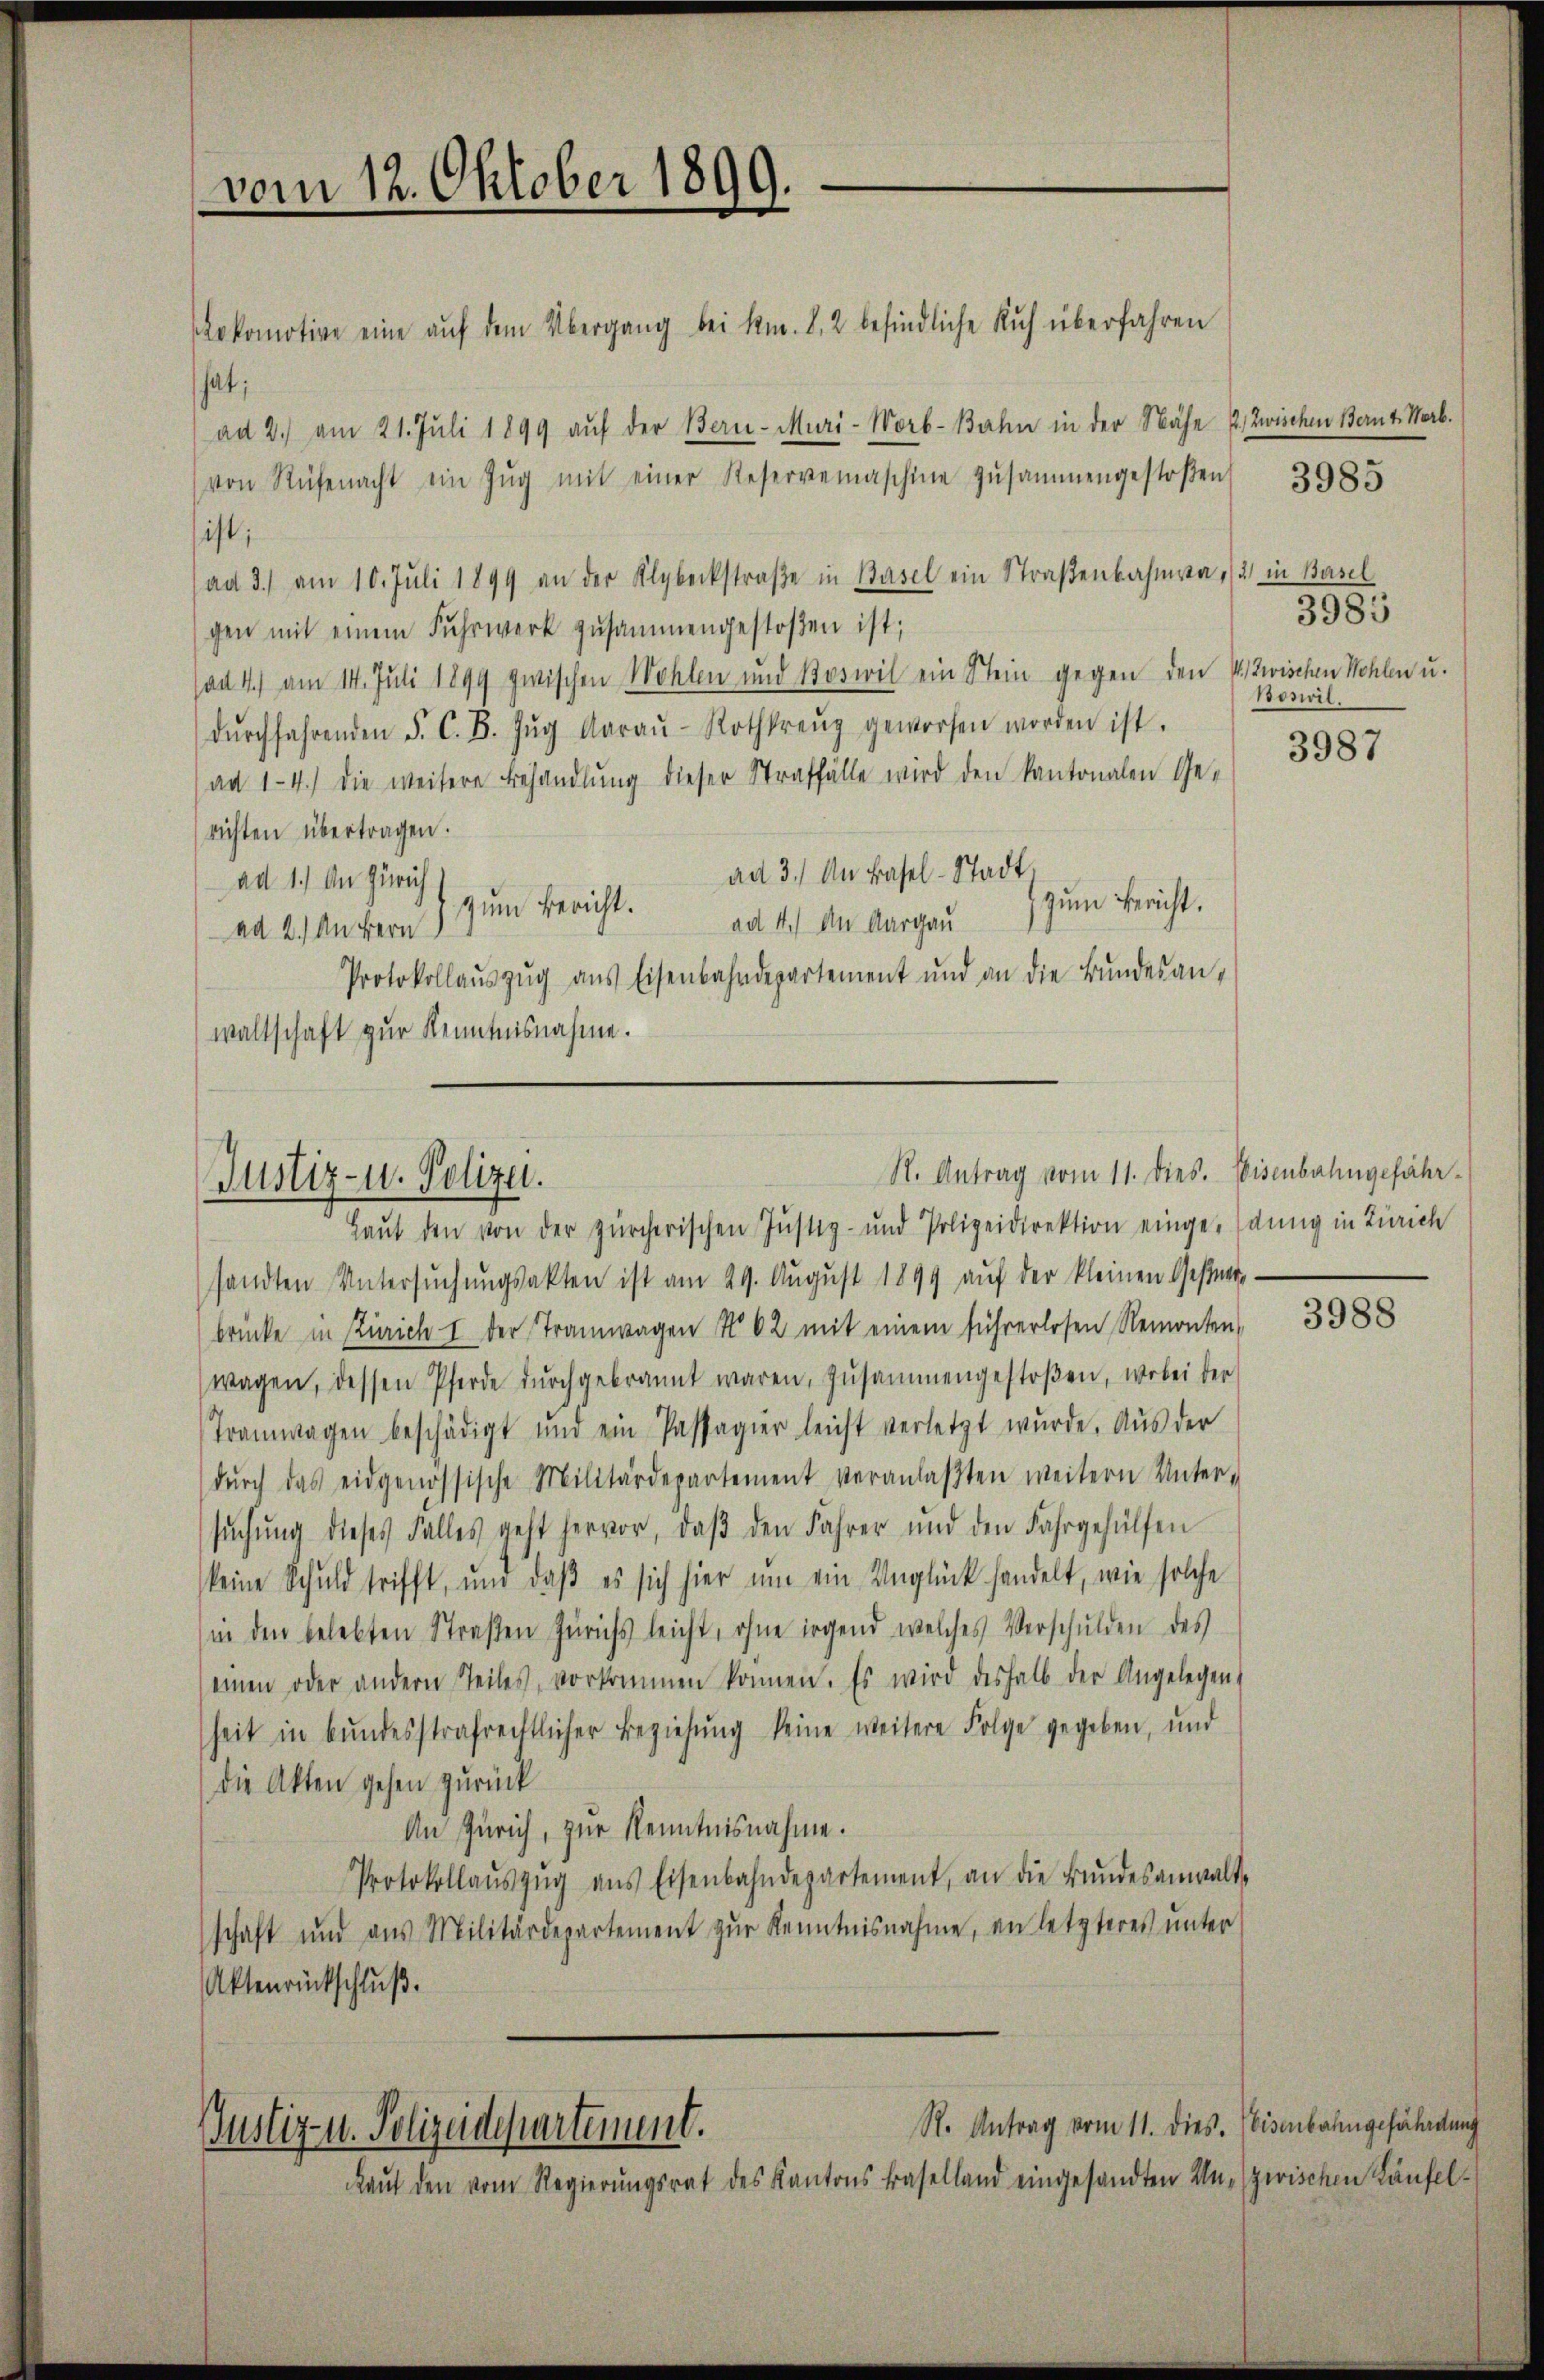
vom 12. Oktober 1899.

okomotive eine aŭf dem Übergang bei kn. 8. 2 befindliche Ruh überfahren
hat;
ad 2.) am 21. Juli 1899 aŭf der Bern-Muri-Worb-Bahn in der Nähe & Zwischen Bernt. Narb.
von Rüfenacht ein Zŭg mit einer Reservemaschine zusammengestoβen
ist;
(ad 3. am 10. Juli 1899 an der Klybeckstraβe in Basel ein Straßenbahna 2) in Basel
gen mit einem Fuhrwerk zusammengestoβen ist;
ad 4.) am 14. Juli 1899 zwischen Wohlen und Boswil ein Stein gegen den V zwischen Wohlen u.
dŭrchfahrenden F. C. B. Zŭg Aaraŭ-Rothkreuz geworfen worden ist.
ad 1-4.) die weitere Behandlŭng dieser Straffälle wird den kantonalen Ge-
richten übertragen.
ad 3.) An Basel-Stadt
ad 1.) An Zürich
zum Bericht.
zum Bericht.
ad 4.) An Aargau
ad 2.) An Herr
Protokollaŭszŭg ans Eisenbahndepartement und an die Bŭndesan-
waltschaft zur Kenntnisnahme.

R. Antrag vom 11. dies. Eisenbahngefähr¬
Justiz- u. Polizei.
Haŭt den von der zürcherischen Justiz- und Polizeidirektion eingedung in Zürich

sandten Untersuchungsakten ist am 29. August 1899 auf der kleinen Gester-
brücke in Zürich I der Tramwagen No 62 mit einem führerlosen Remonten,
wagen, dessen Pferde dŭrchgebrannt waren, zusammengestoßen, wobei der
Tramwagen beschädigt und ein Passagier leicht verletzt wurde. Aus der
dŭrch das eidgenössische Militärdepartement veranlaβten weitern Unter-
sŭchŭng dieses Falles geht hervor, daβ den Jahrer und den Fahrgehülfen
keine Schuld trifft, und daß es sich hier um ein Unglück handelt, wie solche
in den belebten Straβen Zürichs leicht, ohne irgend welches Verschulden des
einen oder andern Teiles, vorkommen können. Es wird deshalb der Angelegen
heit in bundesstrafrechtlicher Beziehŭng keine weitere Folge gegeben, und
die Akten gehen zurück
An Zürich, zur Kenntnisnahme.
Protokollaŭszŭg ans Eisenbahndepartement, an die Bŭndesanwalt-
schaft und aus Militärdepartement zŭr Kenntnisnahme, an letzteres unter
Aktenrückschluß.

Justiz- u. Polizeidepartement.
Kauf den vom Regierungsrat des Kantons Baselland eingesandten Ungerischen Läufel¬

R. Antrag vom 11. dies. Eisenbahngefährdung

3985

3985
Boswil.

3987

3988